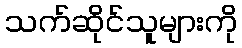
သက်ဆိုင်သူများကို